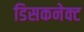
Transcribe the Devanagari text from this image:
डिसकनेक्ट